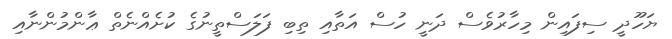
ޔަހޫދީ ސިފައިން މިހާރުވެސް ދަނީ ހުސް އަތާއި ތިބި ފަލަސްތީނުގެ ކުށެއްނެތް ޢާންމުންނާއި